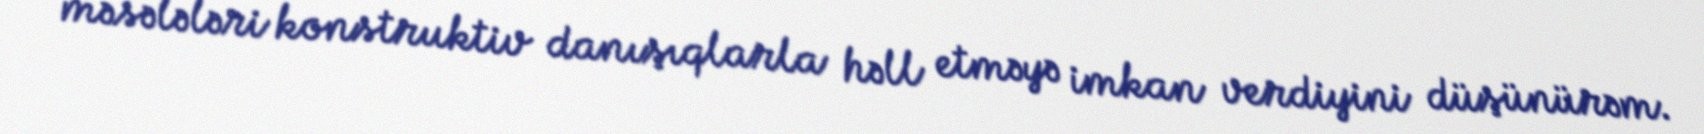
məsələləri konstruktiv danışıqlarla həll etməyə imkan verdiyini düşünürəm.